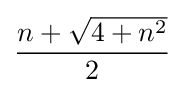
{\frac {n+{\sqrt {4+n^{2}}}}{2}}